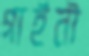
গাইনী